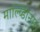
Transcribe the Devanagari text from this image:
माल्ब्डिीनम